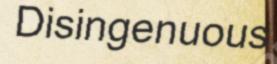
Disingenuous